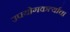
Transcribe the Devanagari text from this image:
उपयोगकर्त्याचा